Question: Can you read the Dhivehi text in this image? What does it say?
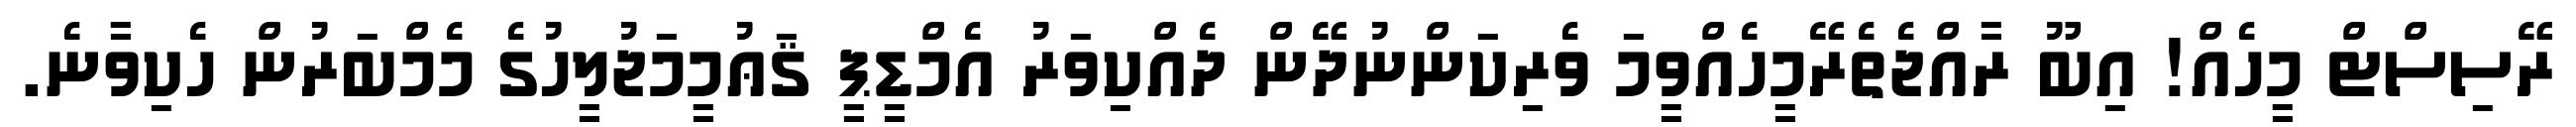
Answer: ރޭސިސްޓް މީހެއް! އިބޫ ރާއްޖެތެރޭމީހެއްވީމަ ވެރިކަންނުދޭން ދެއްކިވަރު އެމްޑީޕީ ޤަޢުމީމަޖުލީހުގެ މެމްބަރުން ހެކިވާނެ.